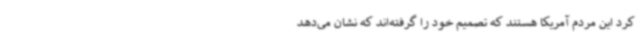
کرد این مردم آمریکا هستند که تصمیم خود را گرفته‌اند که نشان می‌دهد